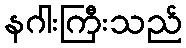
နဂါးကြီးသည်